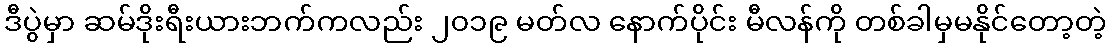
ဒီပွဲမှာ ဆမ်ဒိုးရီးယားဘက်ကလည်း ၂၀၁၉ မတ်လ နောက်ပိုင်း မီလန်ကို တစ်ခါမှမနိုင်တော့တဲ့